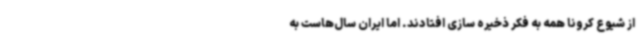
از شیوع کرونا همه به فکر ذخیره سازی افتادند. اما ایران سال‌هاست به